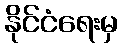
နိုင်ငံရေးမှ